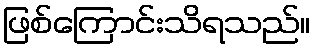
ဖြစ်ကြောင်းသိရသည်။